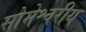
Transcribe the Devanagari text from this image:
सोमेश्वरीय